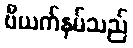
ဗီယက်နမ်သည်